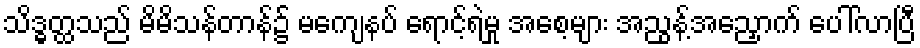
သိဒ္ဓတ္ထသည် မိမိသန်တာန်၌ မကျေနပ် ရောင့်ရဲမှု အစေ့များ အညွန့်အညှောက် ပေါ်လာပြီ